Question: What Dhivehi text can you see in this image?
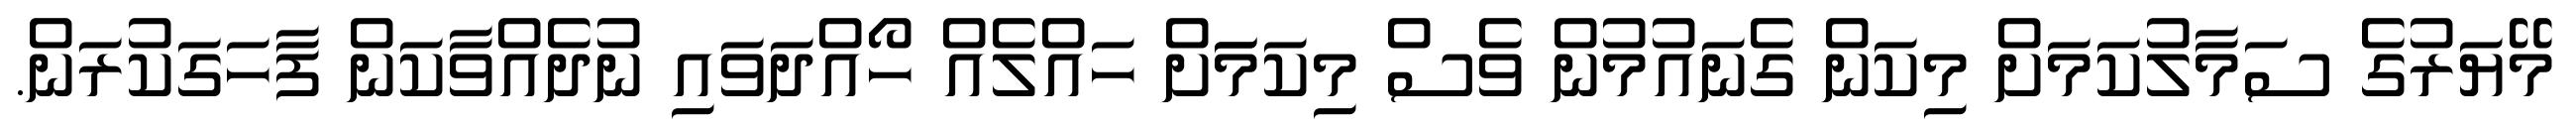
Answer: މޭޔަރުގެ ސަމާލުކަމަށް މިކަން ގެނައުމުން ވެސް މިކަމަަށް ހައްލެއް ހޯއްދަވައި ނުދެއްވާކަން ފާހަގަކުރަން.